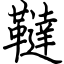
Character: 韃